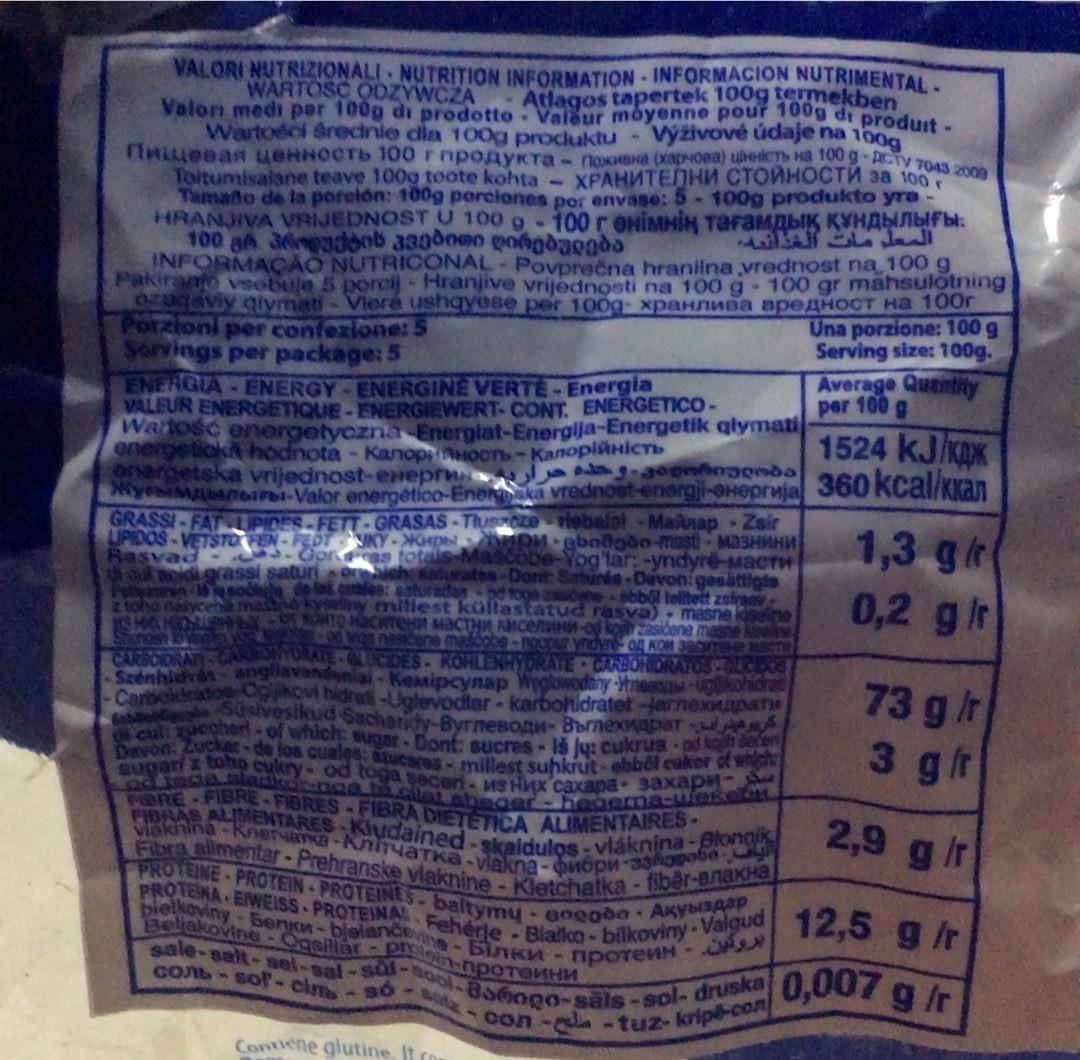
VALORI NUTRIZIONALI NUTRITION INFORMATION - INFORMACION NUTRIMENTAL.
WARTOSC ODZYWCZA
Atlagos tapertek 100g termekben
Valon medi per 100g di prodotto Vaieur moyenne pour 100g di produit-
Wartosci średnie dia 100g produktu-Vyživové údaje na 100g
THLLesan ueHHOCTb 100 rnpoAYKTa- NoxHDHa (xapHOBa) ubeiCTs Ha 100 g ACTY 7043 20 Toitumisalane teave 100g toote kohta - XPAHNTENH CTOWHOCTH 3a 100 Tamato de la porelón: 100g porciones por envase: 5-100g produkto yra- HRANJIVA VRIJEDNOSTU 100 g-100 r ONIMHIN TaraMAbIK KYHANIfbl: 100 gh 36nggdoob 330d000 gongdaogda INFORMACÃO NUTRICONAL POVprečna hranilna vrednost na 100 g Pakiranto vsebule 5 porcij Hranjive vrijednosti na 100 g 100 gr mahsulotning 020aviy qiymati- Viere ushqyese per 100g- XPAHAMBA apeAHOCT Ha 10or Porzioni per confezione: 5 Servings per package: 5
Una porzione: 100 g Serving size: 100g. Average Quentity per 100 g
ENERGIA ENERGY ENERGINE VERTE- Energia VALEUR ENERGETIQUE-ENERGIEEWERT-CONT. ENERGETICO- Walosc energetyczna Energlat-Energija-Energetik qiymati energetick hodnota - Kanop Hocn-KanoplHICTS ergetska vrijednost-eHepr gng Nyesa erai-Valor energético-Enerka vrednost-energji-eHepruja 360 KCal/Kxan GRASSI-FATUPIDES-FETT-GRASAS-ThuSOze riebalal-Mainap Zsir LIPIDOS-VETSTOEN-FEDTVKY-DN hDH - ebn@gdo-mast-M33HAHW Rasvad oul oidi.grassi
1524 KJKO
1,3 gr
3.Goreas totais Mascobe-Yog'lar: -yndyre-MACTH caturatee-Dont: Saturds-Devon:gesättigte ebbol telitett zsiran selliny miliest küllastatud rasva)- masne kisen NORTO HOCHTEM MACTHA KICenuHM-od koj zasidena masne ewiga nasicene mascobe-noopur yndyre og KOM 38CTH CT
0,2 gir
sauredaspd 10ga s
2toho nesycehe mas
CORSOIDAATI-CARIONYORATE CUCDES-KOHLENHYDRATE CARBON ORATOS GACARS Szénhidat-angavandeniai-Kemipcynap Weglowodany -YmeR-ugikohioh Carboidraton-Copkovi hidret-Uglevodlar-karbohidratet-arnexapane Susivesikud Sachandy-ByrnesOAM- BornexapaT Cal: ucoerf-of which: suger-Dont: eucres- Iš lu: cukrus od ko von: Zuckede los cualee: azuca- mllest suhkrutebbol cukor o
OURIRS
73 g /r 3 gfr
z toho cukry-od toga seceri-MS Hx caxapa 3axapM-S
Sugari iadkonag to cilat shegar- hegerna-wiekeon FORE-FIBRE-FIBRES-FIBRA DIETETICA ALIMENTAIRES- FIORAS ALMENTARES-Kludained-skaidulos - vláknina-Blongik
2,9 gir
viakhina-Knervan-KhyaTka-viakna -onop-33obe
Fibra aimentar-Prehranske viaknine-Kletchatka- fiber-BnaxHa) PROTEINE-PROTEIN PROTENES-baltymy-6ogodo Axysiagap
PROTENA EWEISS PROTEINA Fehérie- Blalkco-bilkoviny-Valgud 12,5 g/r
bielkoviny-5enkn-bjelancevine-binKA - nporeMH-OA
Beliakovine -Ogsillar in-npoTeMH
sale-salt-sel-sal-sal-ool-Bo6og0-sals-sol- druska Con- sol-cim- so
0,007
g /r
con- -tuz- krip-con
Contiene glutine, It ro